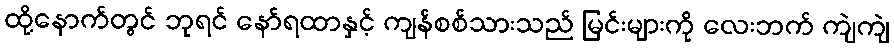
ထို့နောက်တွင် ဘုရင် နော်ရထာနှင့် ကျန်စစ်သားသည် မြင်းများကို လေးဘက် ကျဲကျဲ